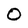
Character: 0